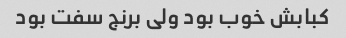
کبابش خوب بود ولی برنج سفت بود